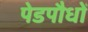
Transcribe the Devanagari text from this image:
पेडपौधों